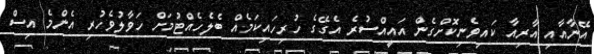
އޭނާއާއި އާރިއާ ކައިވެނިކޮށްގެން އައީއްސުރެ އެގޭގެ ހުރިހައިކަމެއް ބެލެހެއްޓުމަށް ހަވާލުވެހުރި އެންމެ އިސް